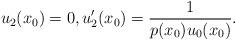
LaTeX: \begin{align*} u_2(x_0) = 0, u_2'(x_0) = \frac{1}{p(x_0)u_0(x_0)}.\end{align*}